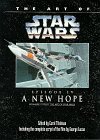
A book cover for Art of Star Wars:  A New Hope; Carol Titelman; Humor & Entertainment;